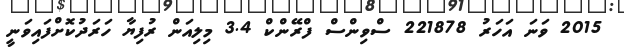
2015 ވަނަ އަހަރު 221878 ސްވިންސް ފްރޭންކް 3.4 މިލިއަން ރުފިޔާ ހަރަދުކޮށްފައިވަނީ